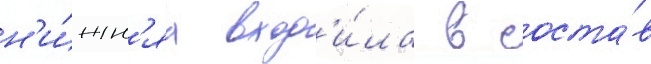
н'и́жн'яа вход'и́ла в соста́в